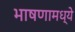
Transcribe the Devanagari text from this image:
भाषणामध्ये